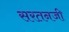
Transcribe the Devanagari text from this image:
सरतनजी